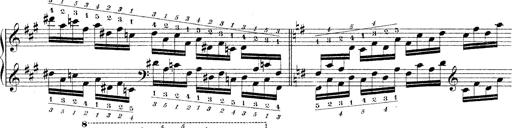
Title: Technische Studien
Composer: Franz Liszt